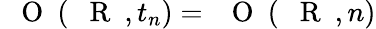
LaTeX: \mathrm{~{~\mathbf~O~}~}(\mathrm{~{~\mathbf~R~}~},t_{n})=\mathrm{~{~\mathbf~O~}~}(\mathrm{~{~\mathbf~R~}~},n)